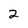
Character: 2